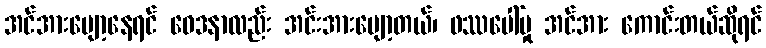
အင်အားပျော့နေရင် ဝေဒနာလည်း အင်းအားပျော့တယ်၊ ဖဿပေါ်မှု အင်အား ကောင်းတယ်ဆိုရင်